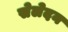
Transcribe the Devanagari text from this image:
सेलेदन